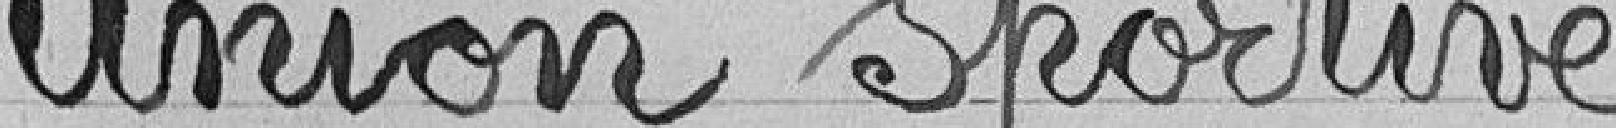
Union sportive